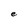
Character: e